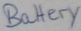
Text: Batterry